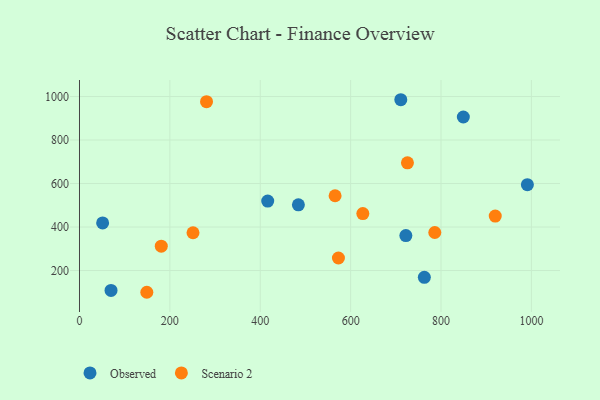
{"axis": {"x": "Distance", "y": "Sales"}, "legend": ["Observed", "Scenario 2"], "data": [{"x": "849.4", "y": 905.8, "type": "Observed"}, {"x": "484.4", "y": 502.1, "type": "Observed"}, {"x": "991.1", "y": 594.7, "type": "Observed"}, {"x": "722.2", "y": 360.8, "type": "Observed"}, {"x": "416.5", "y": 519.5, "type": "Observed"}, {"x": "711.0", "y": 985.3, "type": "Observed"}, {"x": "51.2", "y": 418.9, "type": "Observed"}, {"x": "69.8", "y": 108.6, "type": "Observed"}, {"x": "763.1", "y": 168.7, "type": "Observed"}, {"x": "573.0", "y": 257.6, "type": "Scenario 2"}, {"x": "181.0", "y": 312.2, "type": "Scenario 2"}, {"x": "149.0", "y": 100.1, "type": "Scenario 2"}, {"x": "281.1", "y": 976.3, "type": "Scenario 2"}, {"x": "786.2", "y": 374.9, "type": "Scenario 2"}, {"x": "725.7", "y": 695.0, "type": "Scenario 2"}, {"x": "920.0", "y": 450.4, "type": "Scenario 2"}, {"x": "627.0", "y": 461.7, "type": "Scenario 2"}, {"x": "251.2", "y": 373.7, "type": "Scenario 2"}, {"x": "565.6", "y": 543.8, "type": "Scenario 2"}]}